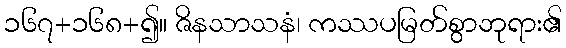
၁၆၇+၁၆၈+၍။ ဇိနသာသနံ၊ ကဿပမြတ်စွာဘုရား၏